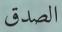
الصدق